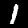
Digit: 1